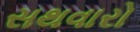
સથવારો